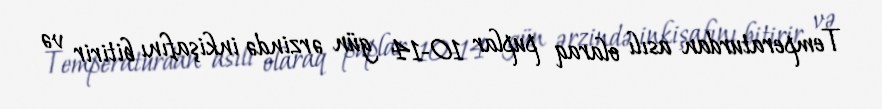
Temperaturdan asılı olaraq puplar 10-14 gün ərzində inkişafını bitirir və